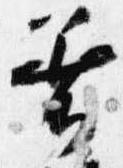
着